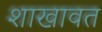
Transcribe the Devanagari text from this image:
शाखावत